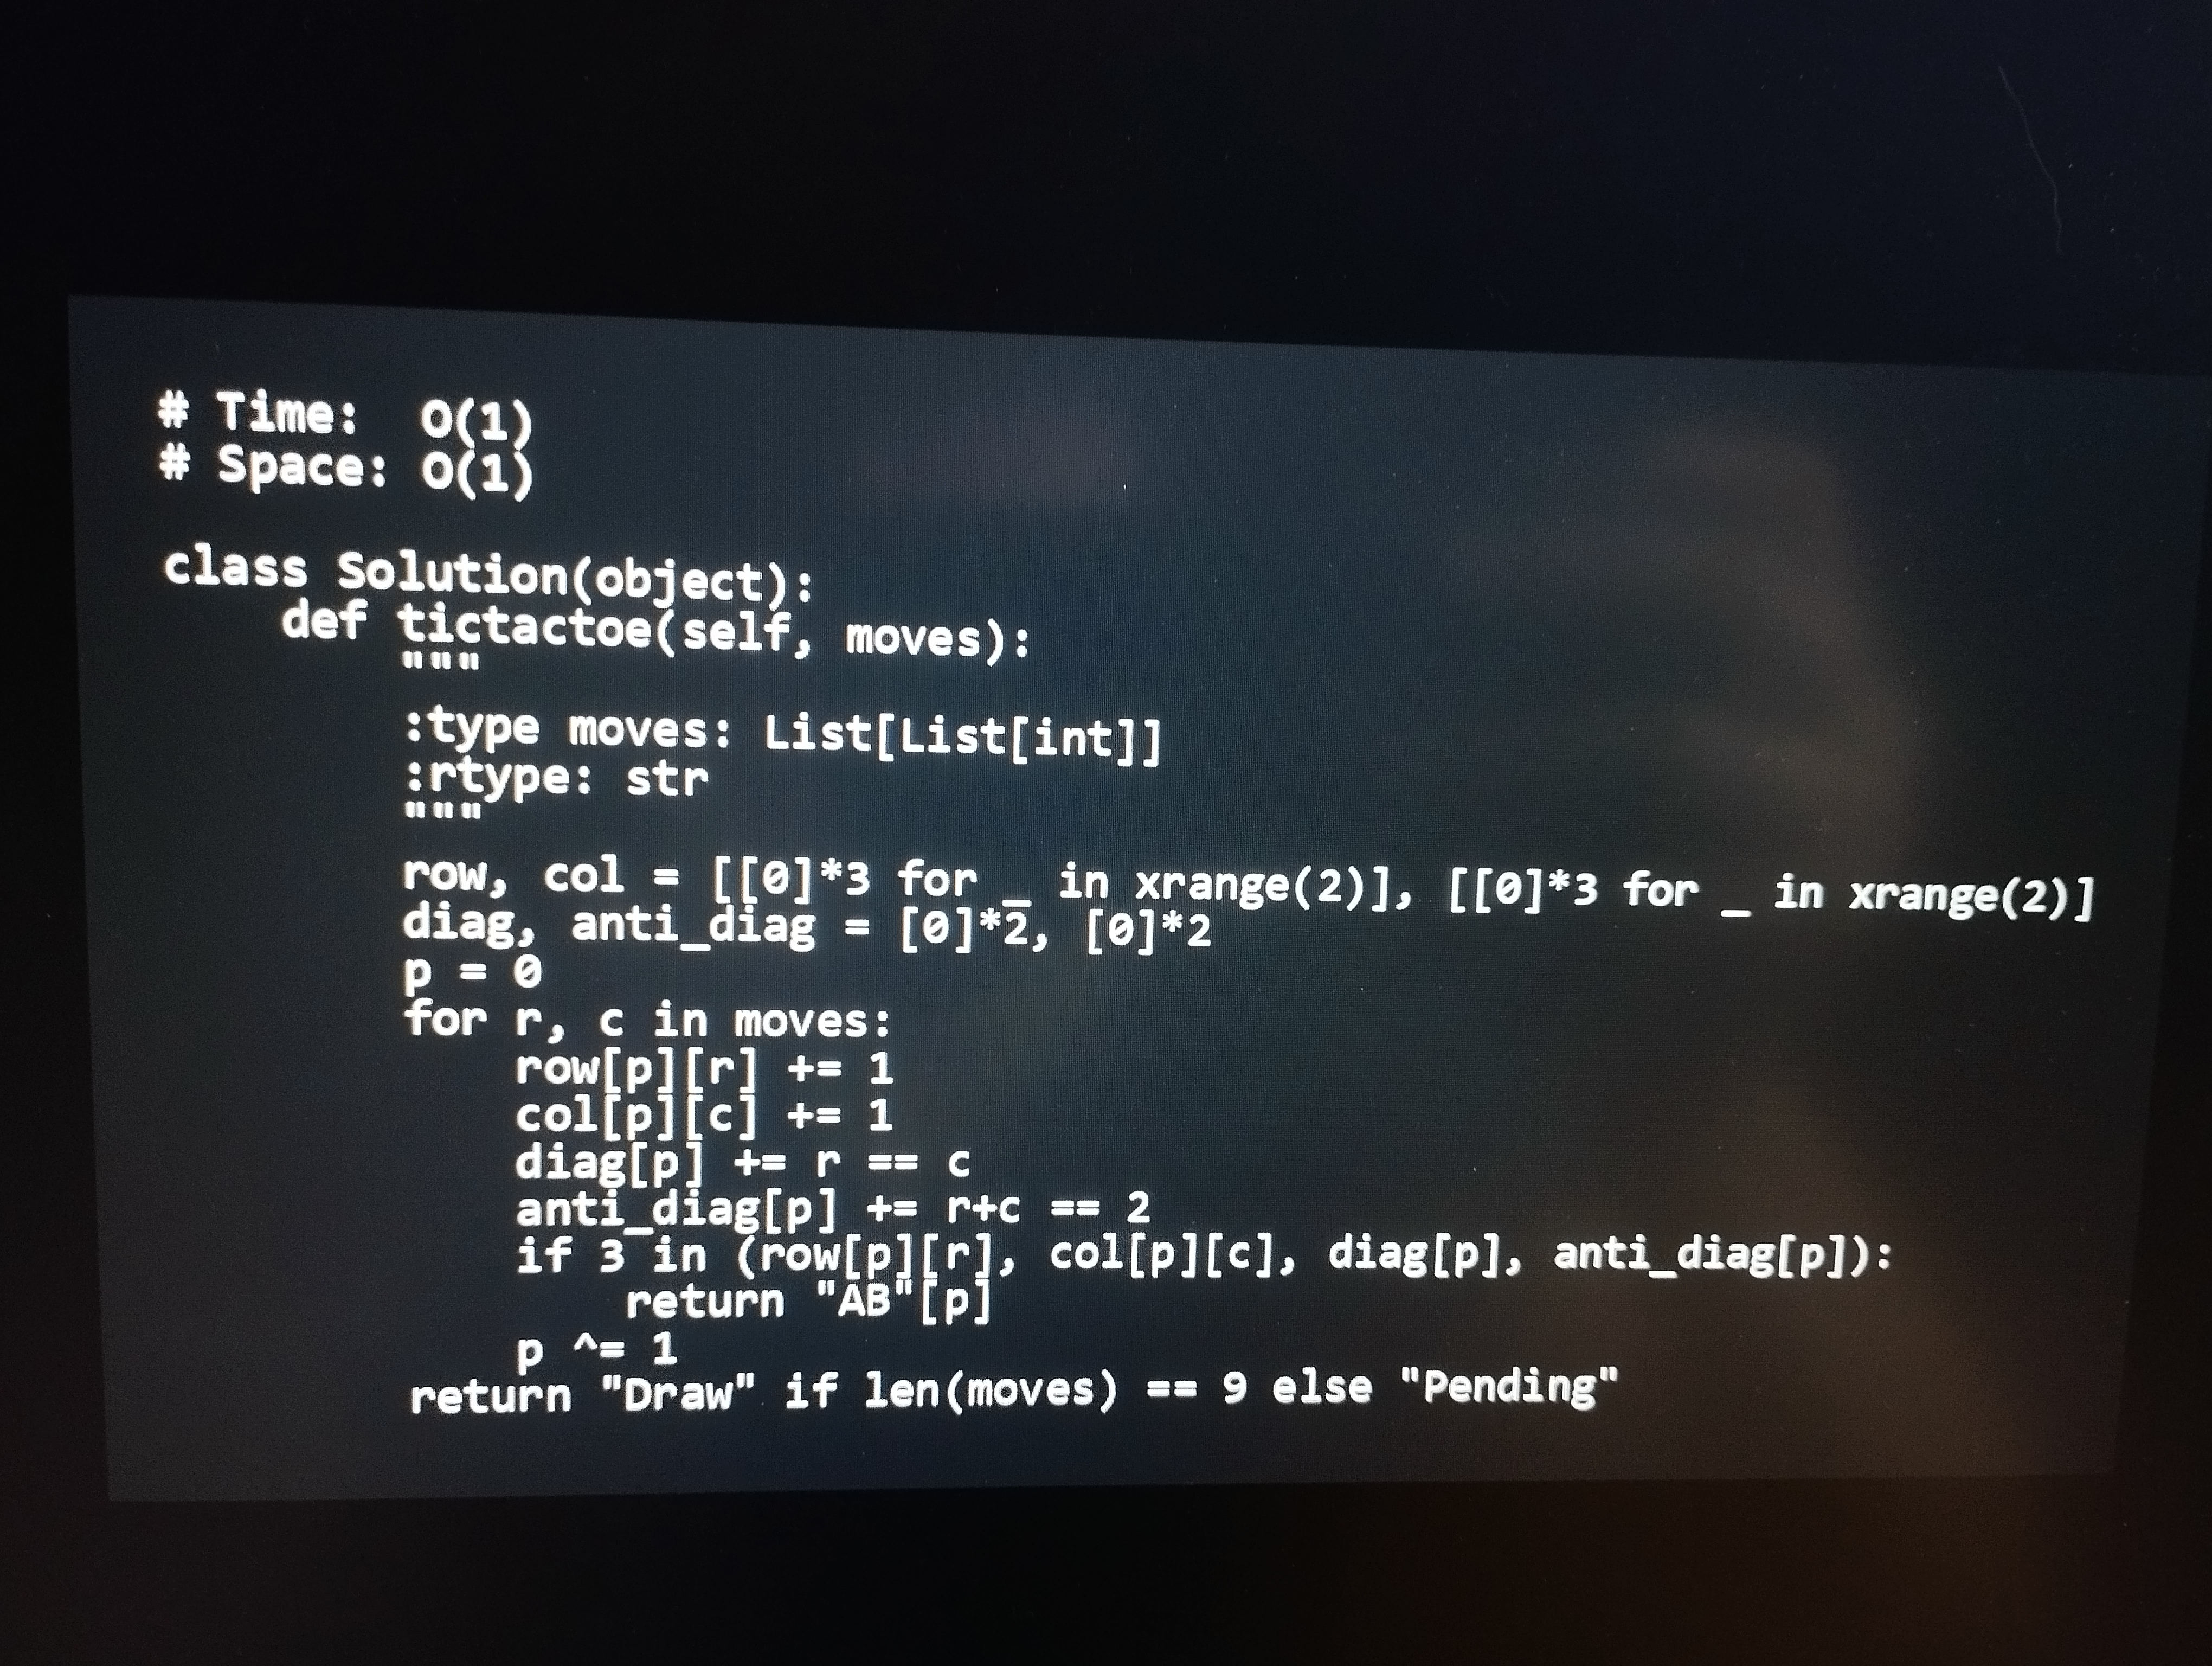
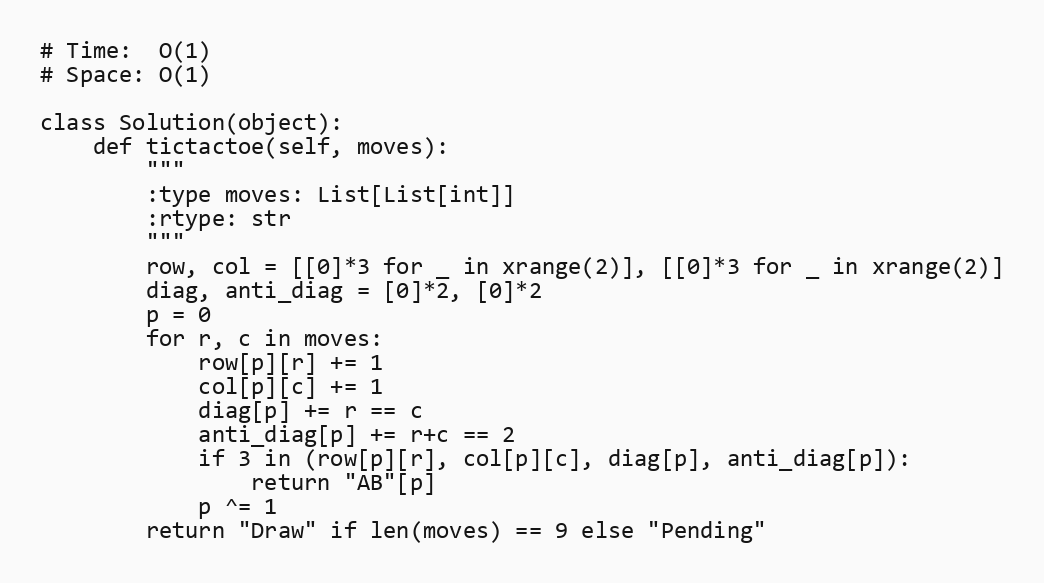
# Time:  O(1)
# Space: O(1)

class Solution(object):
    def tictactoe(self, moves):
        """
        :type moves: List[List[int]]
        :rtype: str
        """
        row, col = [[0]*3 for _ in xrange(2)], [[0]*3 for _ in xrange(2)]
        diag, anti_diag = [0]*2, [0]*2
        p = 0
        for r, c in moves:
            row[p][r] += 1
            col[p][c] += 1
            diag[p] += r == c
            anti_diag[p] += r+c == 2
            if 3 in (row[p][r], col[p][c], diag[p], anti_diag[p]):
                return "AB"[p]
            p ^= 1
        return "Draw" if len(moves) == 9 else "Pending"